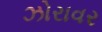
ઝોરાવર